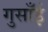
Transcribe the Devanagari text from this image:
गुसाँई